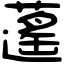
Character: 𦾾